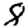
Digit: 8